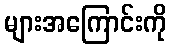
များအကြောင်းကို